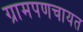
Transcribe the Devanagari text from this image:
ग्रामपणचायत